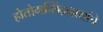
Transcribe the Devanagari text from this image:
होतोमच्छिंद्रनाथांचे